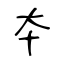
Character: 夲